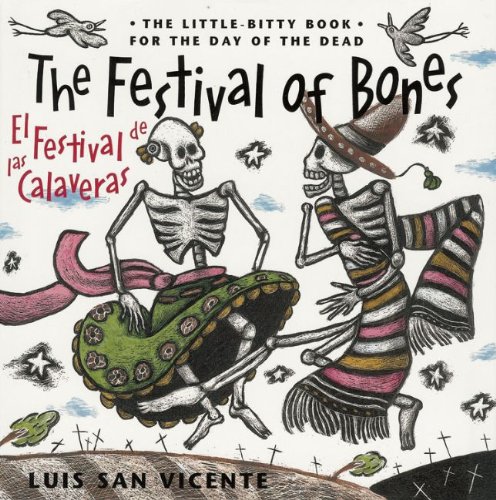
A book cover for Festival of Bones / El Festival de las Calaveras: The Little-Bitty Book for the Day of the Dead (English and Spanish Edition); Luis San Vicente; Children's Books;